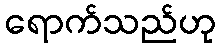
ရောက်သည်ဟု